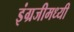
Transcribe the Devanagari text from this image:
इंग्रजीमध्यी